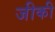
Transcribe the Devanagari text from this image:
जीकी